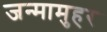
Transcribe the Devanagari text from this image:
जन्मामुहर